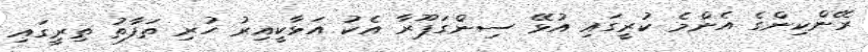
ރޭންކިންގެ އެންމެ ކުރީގައި އުޅޭ ސިންގަޕޫރާ އެކު އަޅާކީއިރު ހުރި ތަފާތު ތިރީގައި